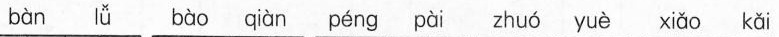
b\grave{a} n l\check{v} b\grave{a} o qi\grave{a} n p\acute{e}ng p\grave{a} i zhu\acute{o} yu\grave{e} xi\check{a} o k\check{a} i